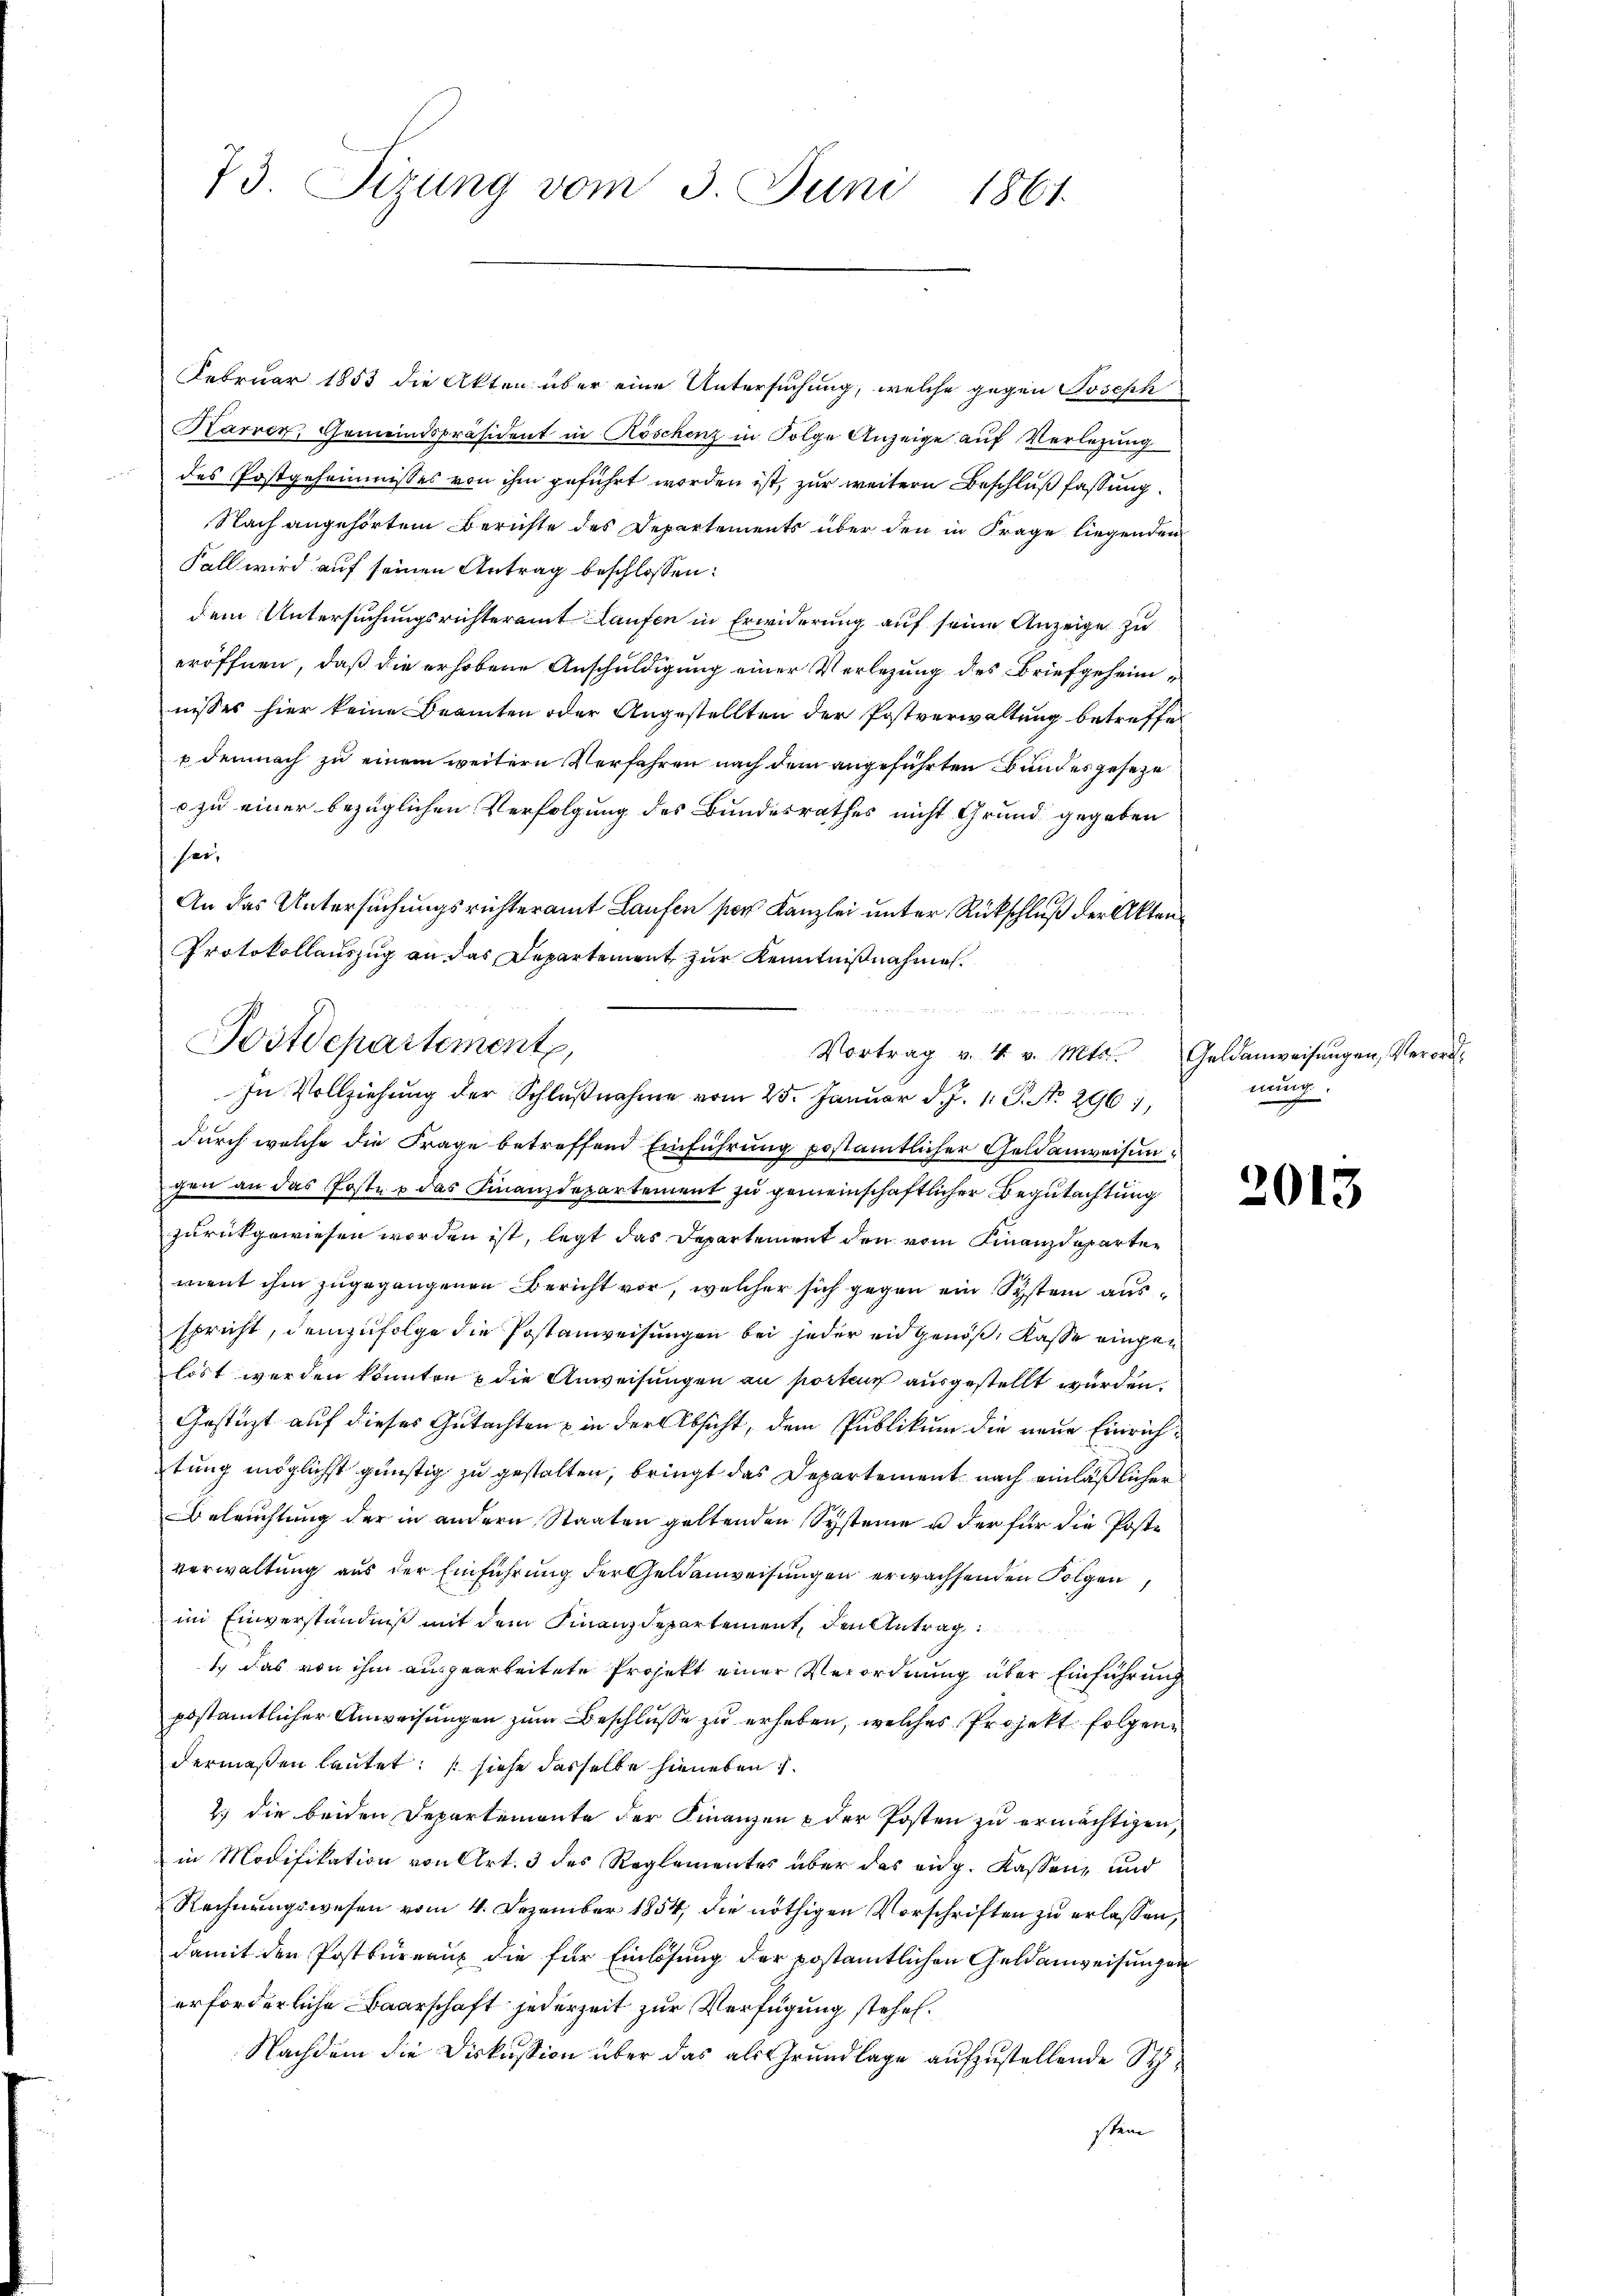
73. Sizung vom 3. Juni 1861.

Februar 1853 die Akten über eine Untersuchung, welche gegen Joseph
Karrer, Gemeindspräsident in Köschenz in Folge Anzeige auf Verlegung
des Postgeheimnisses von ihm geführt worden ist, zur weitern Beschluß fassung
Nach angehörtem Berichte des Departements über den in Frage liegenden
Fall wird auf seinen Antrag beschlossen:
dem Untersuchungsrichteramt Laufen in Erwiderung auf seine Anzeige zu
eröffnen, daß die erhobene Anschuldigung einer Verlegung des Briefgeheimnisses hier keine Beamten oder Angestellten der Postverwaltung betreffe
p demnach zu einem weitern Verfahren nach dem angeführten Bundesgeseze
o zu einer bezüglichen Verfolgung des Bundesrathes nicht Grund gegeben
sei,
An das Untersuchungsrichteramt Laufen per Kanzlei unter Rückschluß der Akten
Protokollauszug an das Departement zur Kenntnißnahmen.
durch welche die Frage betreffend Einführung postamtlicher Geldanweisungen an das Poste u das Finanzdepartement zu gemeinschaftlicher Begutachtung
zurückgewiesen worden ist, legt das Departement den vom Finanzdeparten
vient ihm zugegangenen Bericht vor, welcher sich gegen ein System ausspricht, demzufolge die Postanweisungen bei jeder eidgenöß, Kasse eingen
löst werden könnten & die Anweisungen an porten ausgestellt wurden.
Gestüzt auf dieses Gutachten & in der Absicht, dem Publikum die neue Einrichtung möglichst günstig zu gestalten, bringt das Departement nach einläßlicher
Beleuchtung der in andern Staaten geltenden Systeine u der für die Poste
verwaltung aus der Einführung der Geldenweisungen erwachsenden Folgen
im Einverständniß mit dem Finanzdepartement, den Antrag
1. das von ihm ausgearbeitete Projekt einer Verordnung über Einführung
postamtlicher Anweisungen zum Beschlusse zu erheben, welches Projekt folgendermaßen lautet: (siehe dasselbe hieneben
2.) die beiden Departemente der Finanzen & der Posten zu ermächtigen,
in Modifikation von Art. 3 des Reglementes über das eidg. Kassen, und
Rechnungswesen vom 4. Dezember 1854, die nöthigen Vorschriften zu erlassen,
damit den Postbureaux die für Einlösung der postamtlichen Geldanweisungen
erforderliche Baarschaft jederzeit zur Verfügung stehen.
Nachdem die Diskussion über das als Grundlage aufzustellende Stisten

mege
Postdepartement,
Vortrag v. 4. v. Mts. Geldanweisungen, Verord¬
In Vollziehung der Schlŭβnahme vom 25. Januar d. J. 1. P. No. 296 1,

nung.

2013